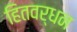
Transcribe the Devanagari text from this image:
हितवर्धन